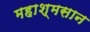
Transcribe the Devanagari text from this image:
महाश्मसान